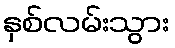
နှစ်လမ်းသွား